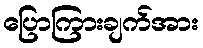
ပြောကြားချက်အား